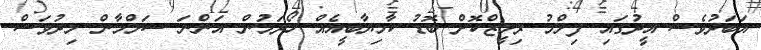
އަބަދުވެސް އީދުގައި ފިލްމު ރިލީޒްކޮށް ބޮޑު ކާމިޔާބީއެއް ހޯދަމުން އަންނަ ސަލްމާން މިދުވަސް